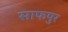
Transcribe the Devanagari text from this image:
साफपुर